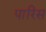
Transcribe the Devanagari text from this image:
पारिस